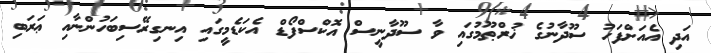
އަދި އެއަށްފަހު ސޫދާނުގެ ޚުރްޠޫމުގައި ވާ ސޫދާނީސް އޮކްސްފޯޑް އެކަޑެމީގައި އިނގިރޭސިބަހުންނާއި ޢަރަބި